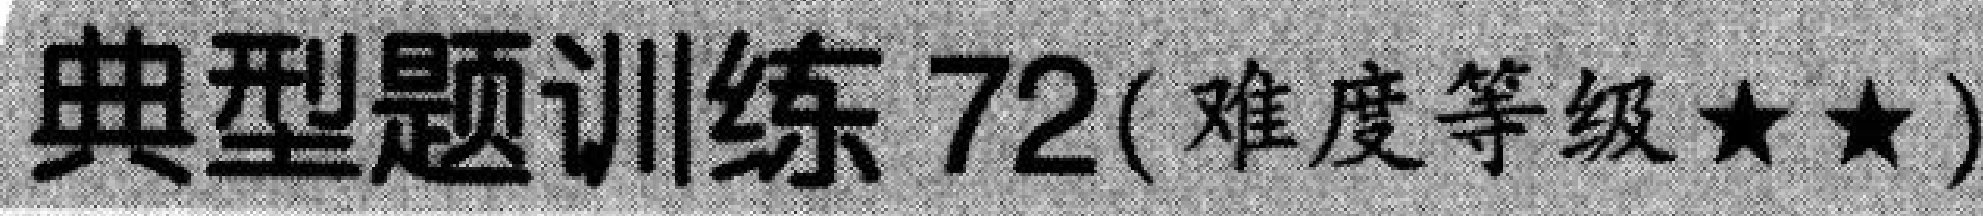
典型题训练72(难度等级$\star\star$)